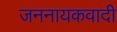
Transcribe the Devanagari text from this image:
जननायकवादी